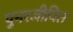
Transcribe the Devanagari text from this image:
पुनरजीवित